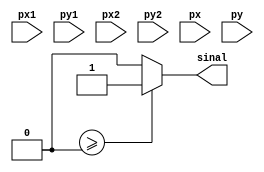
module sinal (
    input [11:0] px1, py1, px2, py2, px, py,
    output sinal
);

    wire signed [11:0] sub1, sub2, sub3, sub4;
    wire signed [22:0] mult1, mult2, sub5;

    assign sub1 = px - py2;
    assign sub2 = py1 - py2;
    assign sub3 = py1 - px2;
    assign sub4 = py - py2;
    assign mult1 = sub1 * sub2;
    assign mult2 = sub3 * sub4;
    assign Sub5 = mult1 - mult2;
    assign sinal = sub5 >= 0 ? 1 : 0;

endmodule